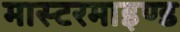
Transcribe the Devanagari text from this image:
मास्टरमाइण्ड